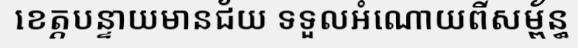
ខេត្តបន្ទាយមានជ័យ ទទួលអំណោយពីសម្ព័ន្ធ